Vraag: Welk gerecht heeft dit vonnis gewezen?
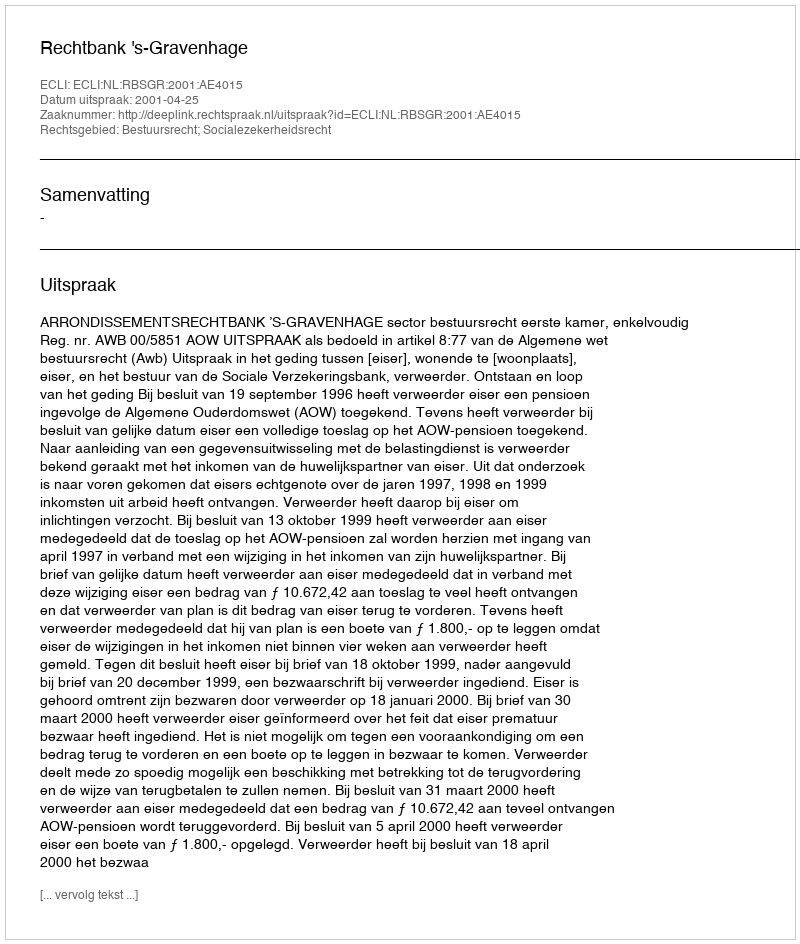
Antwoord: Rechtbank 's-Gravenhage